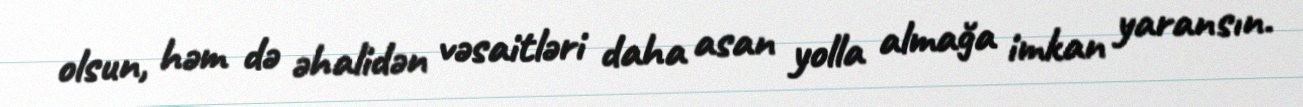
olsun, həm də əhalidən vəsaitləri daha asan yolla almağa imkan yaransın.